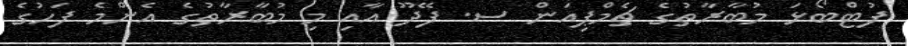
ފުޓްބޯޅަ މުބާރާތުގެ ޗެމްޕިއަން ސ. ފޭދޫ އާއި މި މުބާރާތުގެ އެންމެ ފަހުގެ